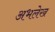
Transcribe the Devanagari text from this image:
अभलेख